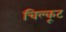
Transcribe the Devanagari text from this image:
चिल्कूट